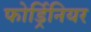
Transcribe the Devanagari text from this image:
फोर्ड्रिनियर